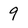
Character: 9